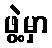
ဖွဲ့မှာ